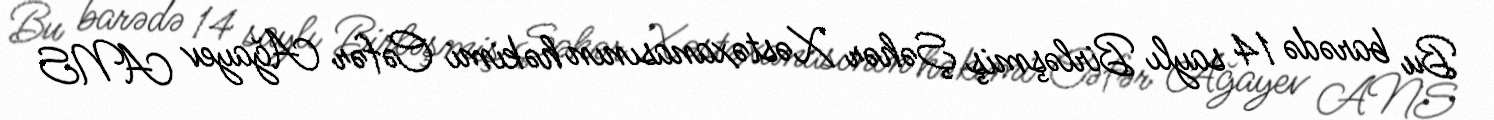
Bu barədə 14 saylı Birləşmiş Şəhər Xəstəxanasının həkimi Cəfər Ağayev ANS